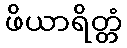
ဖိယာရိတ္တံ